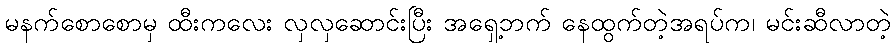
မနက်စောစောမှ ထီးကလေး လှလှဆောင်းပြီး အရှေ့ဘက် နေထွက်တဲ့အရပ်က၊ မင်းဆီလာတဲ့